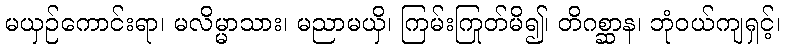
မယှဉ်ကောင်းရာ၊ မလိမ္မာသား၊ မညာမယှိ၊ ကြမ်းကြုတ်မိ၍၊ တိဂစ္ဆာန၊ ဘုံဝယ်ကျရှင့်၊